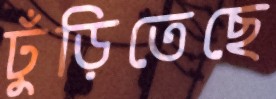
ঢুঁড়িতেছে